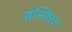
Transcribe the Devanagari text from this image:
संस्क्ऱित